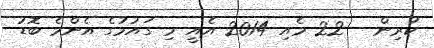
ކުރިން - 22 މެއި 2014 އެއީ މި ގައުމުގެ އެންމެ ބޮޑު